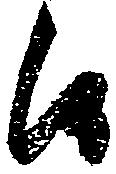
候